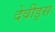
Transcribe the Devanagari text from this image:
देवीड्स